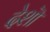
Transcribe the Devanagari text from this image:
देशॊ